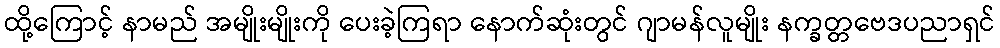
ထို့ကြောင့် နာမည် အမျိုးမျိုးကို ပေးခဲ့ကြရာ နောက်ဆုံးတွင် ဂျာမန်လူမျိုး နက္ခတ္တဗေဒပညာရှင်